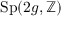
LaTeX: \operatorname { S p } ( 2 g , \mathbb { Z } )